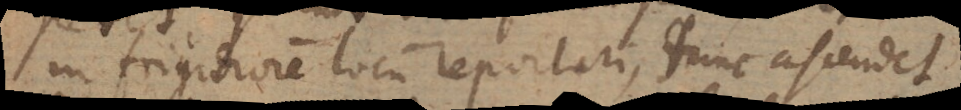
in frigidiorem locum reportari, tunc ascendet